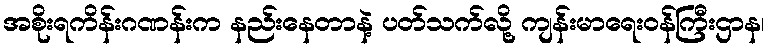
အစိုးရကိန်းဂဏန်းက နည်းနေတာနဲ့ ပတ်သက်လို့ ကျန်းမာရေးဝန်ကြီးဌာန၊